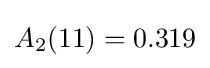
A_{2}(11)=0.319